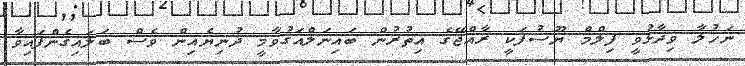
ނަހުލާ ވިދާޅުވީ ފިލްމް ޔޫސުފަކީ ރާއްޖޭގެ އިތުރުން ބައިނަލްއަގުވާމީ ދުނިޔެއިން ވެސް ބަލައިގެންފައިވާ